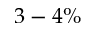
3 - 4 \%